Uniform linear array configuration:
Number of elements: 32
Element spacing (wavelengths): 0.75
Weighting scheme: binomial
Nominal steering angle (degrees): -45
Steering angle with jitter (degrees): -43.666
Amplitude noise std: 0.05
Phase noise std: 0.05

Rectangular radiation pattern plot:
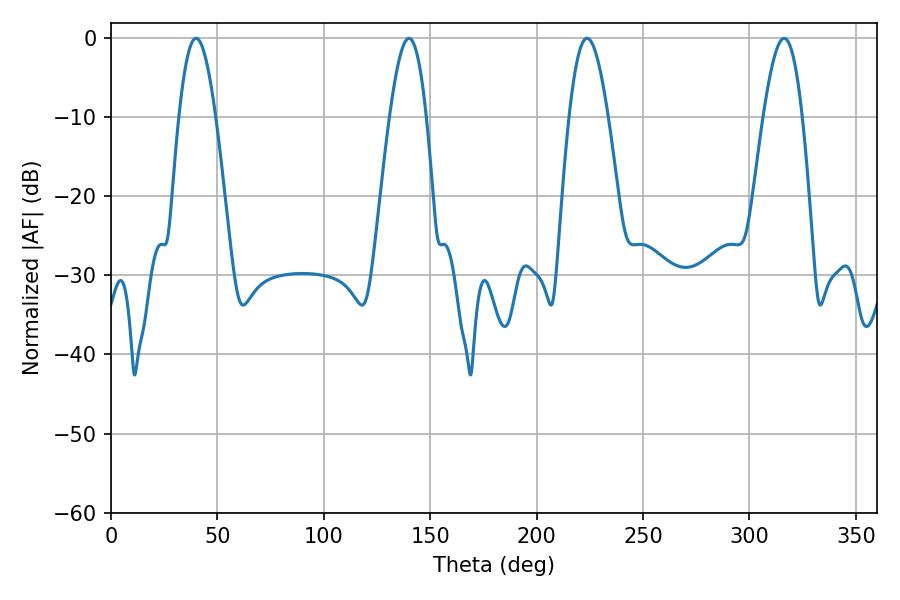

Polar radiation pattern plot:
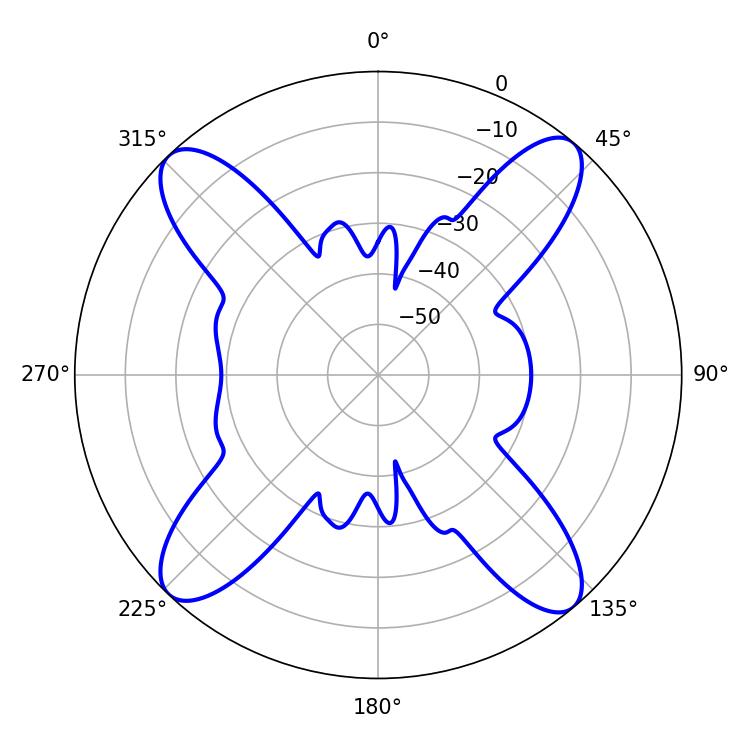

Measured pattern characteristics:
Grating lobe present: TRUE
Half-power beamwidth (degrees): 9.36
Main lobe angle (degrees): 140.04